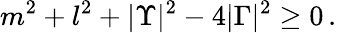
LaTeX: m^{2}+l^{2}+|\Upsilon|^{2}-4|\Gamma|^{2}\geq 0\, .